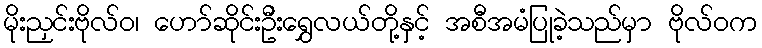
မိုးညှင်းဗိုလ်ဝ၊ ဟော်ဆိုင်းဦးရွှေလယ်တို့နှင့် အစီအမံပြုခဲ့သည်မှာ ဗိုလ်ဝက